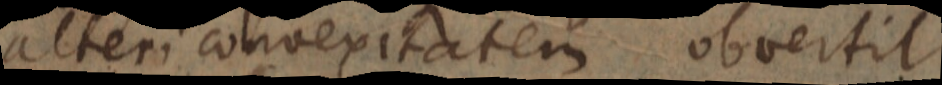
alteri convexitatem obvertit